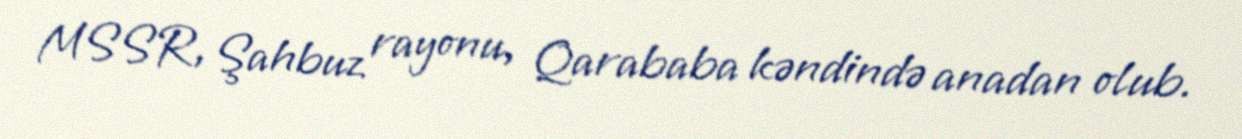
MSSR, Şahbuz rayonu, Qarababa kəndində anadan olub.